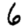
Digit: 6